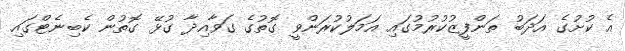
އެ ކުށުގެ އަދަބު ތަންފީޒުކުރުމުގައި އަމަލުކުރަންވީ ގޮތުގެ ގަވާއިދާ ގުޅޭ ގޮތުން ކެބިނެޓްގައި